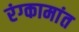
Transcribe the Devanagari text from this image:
रंग्कामांत